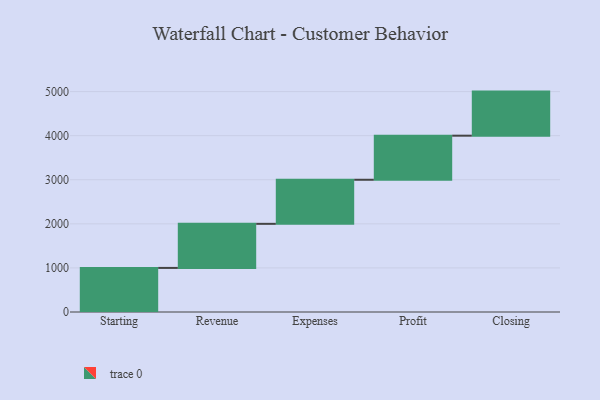
{"axis": {"x": "Step", "y": "Value"}, "legend": [""], "data": [{"x": "Starting", "y": 1000, "type": ""}, {"x": "Revenue", "y": 1000, "type": ""}, {"x": "Expenses", "y": 1000, "type": ""}, {"x": "Profit", "y": 1000, "type": ""}, {"x": "Closing", "y": 1000, "type": ""}]}